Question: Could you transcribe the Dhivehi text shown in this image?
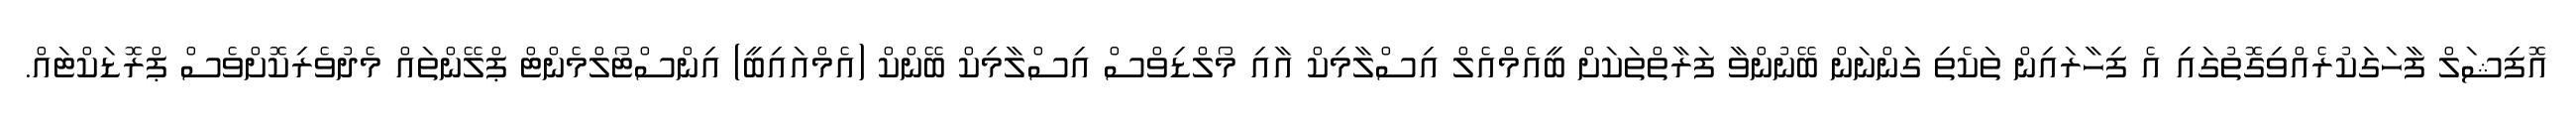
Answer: އޮފިޝަލް ފާހަގަކުރެއްވިގޮތުގައި އެ ފިހާރައިން ތަކެތި ގަންނަން ބޭނުންވާ ފަރާތްތަކަށް ބީއެމްއެލް އިސްލާމިކް އާއި މޯލްޑިވްސް އިސްލާމިކް ބޭންކް (އެމްއައިބީ) އިންސްޓޯލްމެންޓް ޕްލޭންތައް މެދުވެރިކޮށްވެސް ޕްރޮޑަކްޓައް.